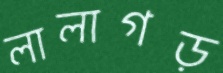
লালাগড়